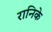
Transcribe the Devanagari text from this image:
रानिके